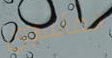
المأساوي